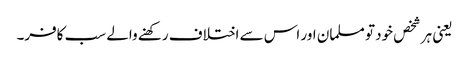
یعنی ہر شخص خود تو مسلمان اور اس سے اختلاف رکھنے والے سب کافر۔